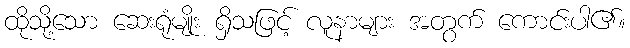
ထိုသို့သော ဆေးရုံမျိုး ရှိသဖြင့် လူနာများ အတွက် ကောင်းပါ၏။